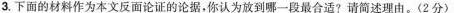
3.下面的材料作为本文反面论证的论据，你认为放到哪一段最合适?请简述理由。(2分)